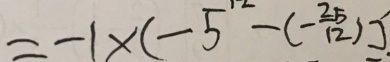
= - 1 \times ( - 5 ^ { 1 2 } - ( - \frac { 2 5 } { 1 2 } ) ]